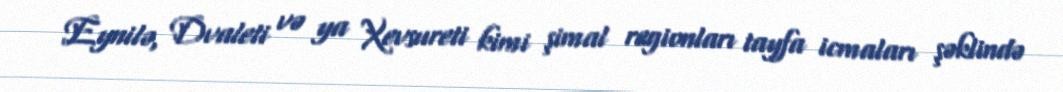
Eynilə, Dvaleti və ya Xevsureti kimi şimal regionları tayfa icmaları şəklində